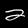
Digit: 2